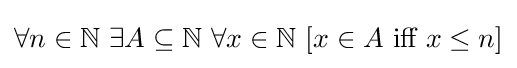
\forall n\in \mathbb {N} \ \exists A\subseteq \mathbb {N} \ \forall x\in \mathbb {N} \ [x\in A{\text{ iff }}x\leq n]